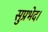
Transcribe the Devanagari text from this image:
सुप्रभेद।